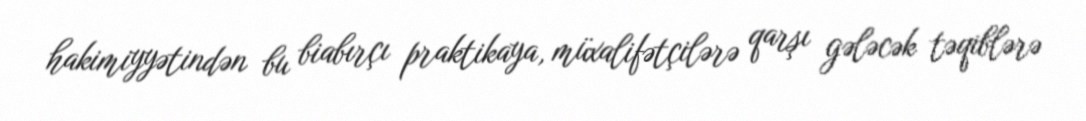
hakimiyyətindən bu biabırçı praktikaya, müxalifətçilərə qarşı gələcək təqiblərə